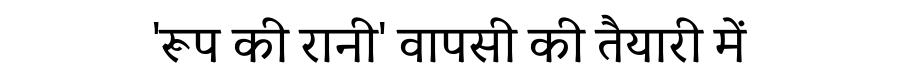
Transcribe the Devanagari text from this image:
'रूप की रानी' वापसी की तैयारी में